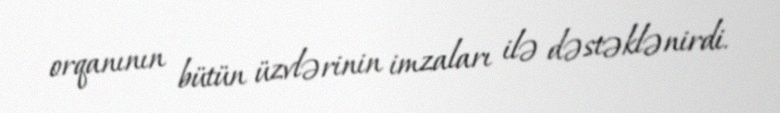
orqanının bütün üzvlərinin imzaları ilə dəstəklənirdi.